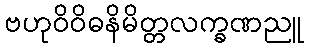
ဗဟုဝိဝိဓနိမိတ္တလက္ခဏညူ